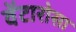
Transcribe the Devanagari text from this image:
वेंटारोसा